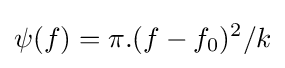
\psi (f)=\pi .(f-f_{0})^{2}/k